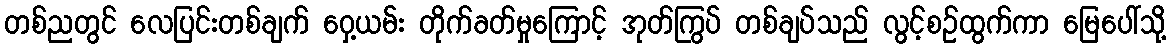
တစ်ညတွင် လေပြင်းတစ်ချက် ဝှေ့ယမ်း တိုက်ခတ်မှုကြောင့် အုတ်ကြွပ် တစ်ချပ်သည် လွင့်စဉ်ထွက်ကာ မြေပေါ်သို့